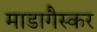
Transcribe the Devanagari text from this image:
माडागैस्कर